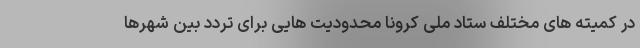
در کمیته های مختلف ستاد ملی کرونا محدودیت هایی برای تردد بین شهرها